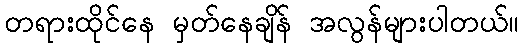
တရားထိုင်နေ မှတ်နေချိန် အလွန်များပါတယ်။